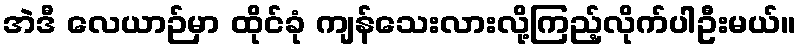
အဲဒီ လေယာဉ်မှာ ထိုင်ခုံ ကျန်သေးလားလို့ကြည့်လိုက်ပါဦးမယ်။